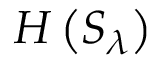
H \left( { S _ { { \lambda } } } \right)